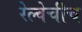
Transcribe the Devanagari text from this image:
रेल्वेचीच